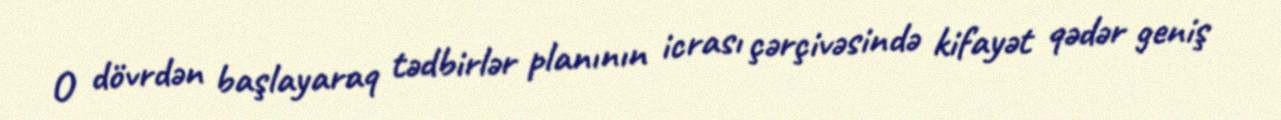
O dövrdən başlayaraq tədbirlər planının icrası çərçivəsində kifayət qədər geniş